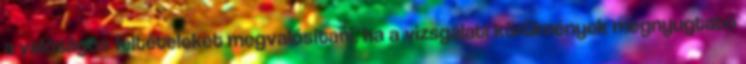
a valóságos feltételeket megvalósítani, ha a vizsgálati körülmények megnyugtató